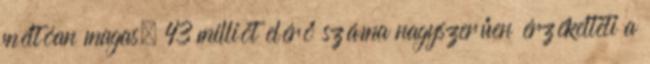
méltóan magas, 43 milliót elérő száma nagyszerűen érzékelteti a